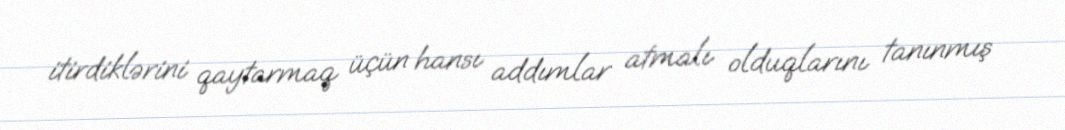
itirdiklərini qaytarmaq üçün hansı addımlar atmalı olduqlarını tanınmış